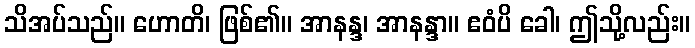
သိအပ်သည်။ ဟောတိ၊ ဖြစ်၏။ အာနန္ဒ၊ အာနန္ဒာ။ ဧဝံပိ ခေါ၊ ဤသို့လည်း။